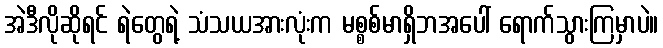
အဲဒီလိုဆိုရင် ရဲတွေရဲ့ သံသယအားလုံးက မစ္စစ်မာရှိဘအပေါ် ရောက်သွားကြမှာပဲ။